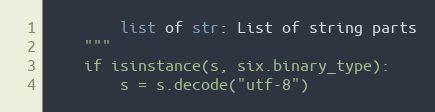
Language: Python
        list of str: List of string parts
    """
    if isinstance(s, six.binary_type):
        s = s.decode("utf-8")